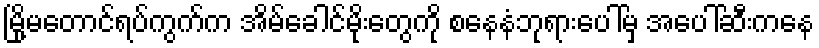
မြို့မတောင်ရပ်ကွက်က အိမ်ခေါင်မိုးတွေကို စနေနံဘုရားပေါ်မှ အပေါ်ဆီးကနေ